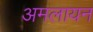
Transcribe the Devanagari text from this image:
अमलायन